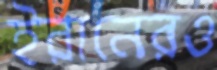
ইরানেরও